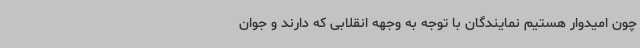
چون امیدوار هستیم نمایندگان با توجه به وجهه انقلابی که دارند و جوان